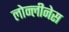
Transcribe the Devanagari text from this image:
लोन्लीनेस